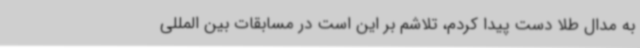
به مدال طلا دست پیدا کردم، تلاشم بر این است در مسابقات بین المللی